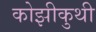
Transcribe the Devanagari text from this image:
कोझीकुथी